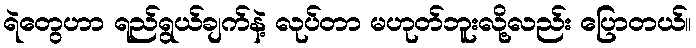
ရဲတွေဟာ ရည်ရွယ်ချက်နဲ့ လုပ်တာ မဟုတ်ဘူးလို့လည်း ပြောတယ်။